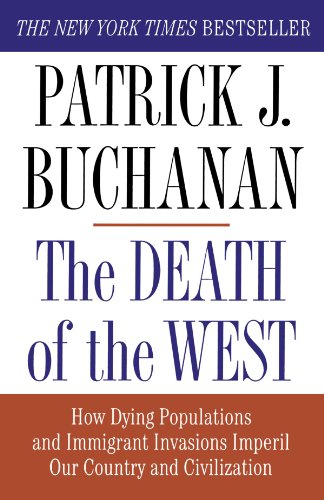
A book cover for The Death of the West: How Dying Populations and Immigrant Invasions Imperil Our Country and Civilization; Patrick J. Buchanan; Politics & Social Sciences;